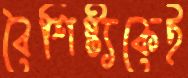
বৈশিষ্ট্যকেই